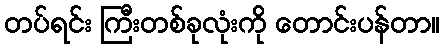
တပ်ရင်း ကြီးတစ်ခုလုံးကို တောင်းပန်တာ။